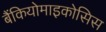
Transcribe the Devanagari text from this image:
बैंकियोमाइकोसिस